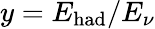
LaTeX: y=E_{\mathrm{had}}/E_{\nu}